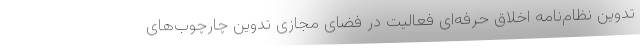
تدوین نظام‌نامه اخلاق حرفه‌ای فعالیت در فضای مجازی تدوین چارچوب‌های